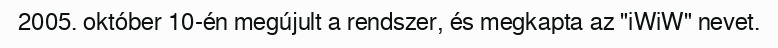
2005. október 10-én megújult a rendszer, és megkapta az "iWiW" nevet.